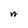
Character: n